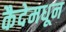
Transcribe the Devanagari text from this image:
कैदेमधून